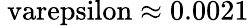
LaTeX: \mathrm{\ varepsilon\approx 0.0021}